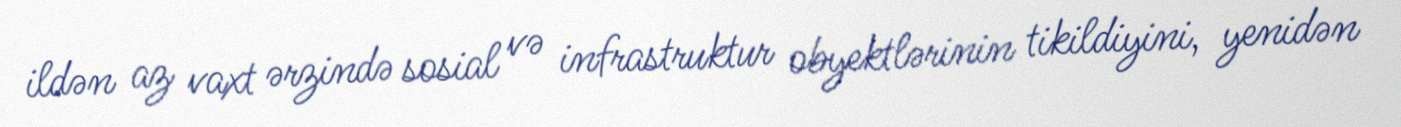
ildən az vaxt ərzində sosial və infrastruktur obyektlərinin tikildiyini, yenidən